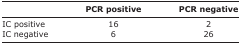
|  | PCR positive | PCR negative |
 | --- | --- | --- |
 | IC positive | 16 | 2 |
 | IC negative | 6 | 26 |